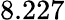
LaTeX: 8.227